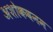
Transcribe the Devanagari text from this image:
अशोकवनम